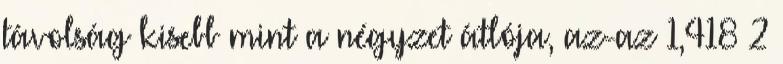
távolság kisebb mint a négyzet átlója, az-az 1,418 2